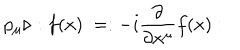
p _ { \mu } \triangleright : f ( x ) : = : - i \frac { \partial } { \partial x ^ { \mu } } f ( x ) :